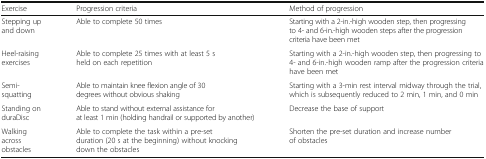
| Exercise | Progression criteria | Method of progression |
 | --- | --- | --- |
 | Stepping up and down | Able to complete 50 times | Starting with a 2-in.-high wooden step, then progressing to 4- and 6-in.-high wooden steps after the progression criteria have been met |
 | Heel-raising exercises | Able to complete 25 times with at least 5 s held on each repetition | Starting with a 2-in.-high wooden step, then progressing to 4- and 6-in.-high wooden ramp after the progression criteria have been met |
 | Semi-squatting | Able to maintain knee flexion angle of 30 degrees without obvious shaking | Starting with a 3-min rest interval midway through the trial, which is subsequently reduced to 2 min, 1 min, and 0 min |
 | Standing on duraDisc | Able to stand without external assistance for at least 1 min (holding handrail or supported by another) | Decrease the base of support |
 | Walking across obstacles | Able to complete the task within a pre-set duration (20 s at the beginning) without knocking down the obstacles | Shorten the pre-set duration and increase number of obstacles |